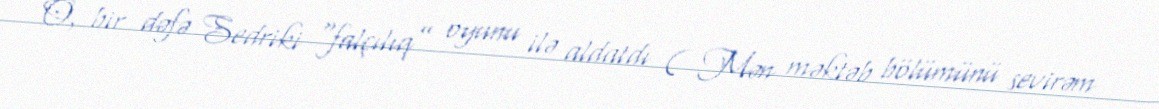
O, bir dəfə Sedriki “falçılıq” oyunu ilə aldatdı ( Mən məktəb bölümünü sevirəm